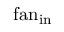
\mathrm { f a n } _ { \mathrm { i n } }